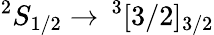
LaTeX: ^2S_{1/2}\rightarrow\, ^{3}[3/2]_{3/2}